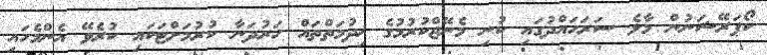
ކޯޕަރޭޝަނުން މާލެ ސަރަހައްދުގައި ކުނި މެނޭޖްކުރުމުގެ ޚިދުމަތްތައް ހަރުދަނާ ކުރުމަށްޓަކައި ކުރެވޭ އެންމެހައި